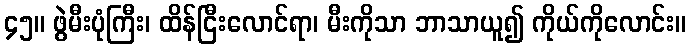
၄၅။ ဖွဲမီးပုံကြီး၊ ထိန်ငြီးလောင်ရာ၊ မီးကိုသာ ဘာသာယူ၍ ကိုယ်ကိုလောင်း။